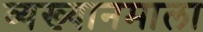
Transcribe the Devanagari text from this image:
व्यख्यानमाला